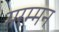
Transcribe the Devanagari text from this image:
मरम्मन